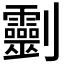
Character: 𠠱